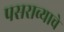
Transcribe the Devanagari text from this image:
पसराव्याचे